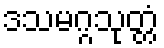
ဒသမဂ္ဂသုတ္တံ